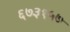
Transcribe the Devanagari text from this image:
६७३१५७